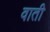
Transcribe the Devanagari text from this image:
वाती